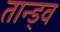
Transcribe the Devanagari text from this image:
तान्ड्व